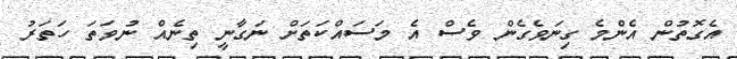
އެގޮތުން އެންމެ ގިނަވެގެން ވެސް އެ މަސައްކަތަށް ނަގާނީ ތިނެއް ނުވަތަ ހަތަރު